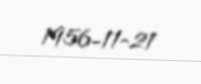
1956-11-21